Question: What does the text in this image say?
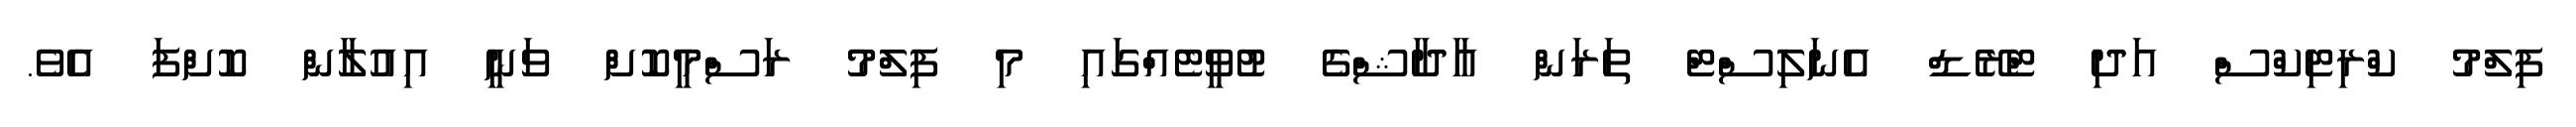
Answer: ފިލްމު ކްރިޓިކްސް އަދި ޓްރޭޑް އެނަލިސްޓް ތަރަން އާދާޝްގެ ޓުވީޓެއްގައި މި ފިލްމު ރަސްމީކޮށް ވަނީ އިއުލާން ކޮށްފަ އެވެ.